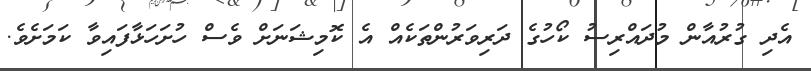
އެދި ގުރުއާން މުދައްރިސު ކޯހުގެ ދަރިވަރުންތަކެއް އެ ކޮމިޝަނަށް ވެސް ހުށަހަޅާފައިވާ ކަމަށެވެ.